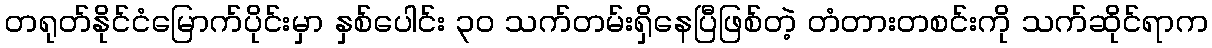
တရုတ်နိုင်ငံမြောက်ပိုင်းမှာ နှစ်ပေါင်း ၃၀ သက်တမ်းရှိနေပြီဖြစ်တဲ့ တံတားတစင်းကို သက်ဆိုင်ရာက